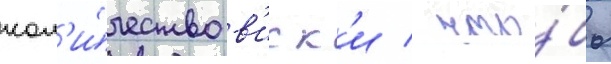
кол'и́чество в'иск'и / что́бы